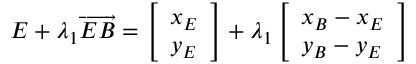
E + \lambda _ { 1 } \overrightarrow { E B } = \left[ \begin{array} { l } { x _ { E } } \\ { y _ { E } } \end{array} \right] + \lambda _ { 1 } \left[ \begin{array} { l } { x _ { B } - x _ { E } } \\ { y _ { B } - y _ { E } } \end{array} \right]